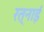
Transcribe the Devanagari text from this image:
रत्नाई